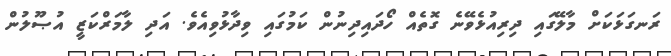
ރަނގަޅަކަށް މާލޭގައި ދިރިއުޅެވޭނެ ގޮތެއް ހޯދައިދިނުން ކަމުގައި ވިދާޅުވިއެވެ. އަދި ލާމަރްކަޒީ އުޞޫލުން